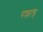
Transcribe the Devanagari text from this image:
पल्लांड्